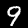
Digit: 9